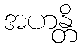
အဟန္တိ